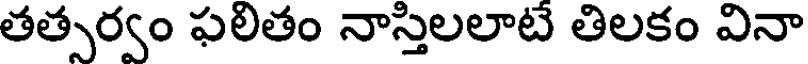
తత్సర్వం ఫలితం నాస్తిలలాటే తిలకం వినా